Vaccination in Bombay 1863-1868 - 1863-1868
Year: 1863
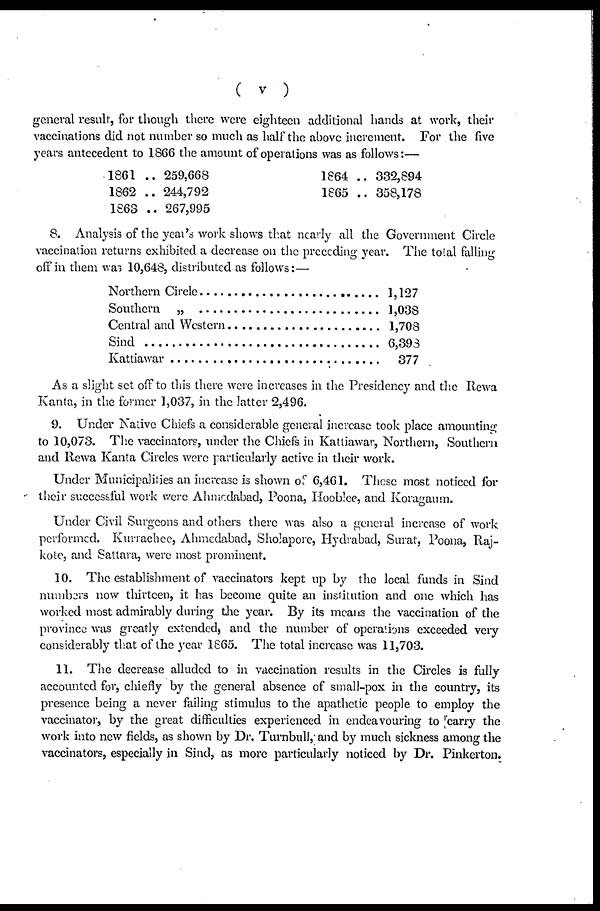
( v )
general result, for though there were eighteen additional hands at work, their
vaccinations did not number so much as half the above increment. For the five
years antecedent to 1866 the amount of operations was as follows:—
1861 ..
1862 ..
1863 ..
259,668
244,792
267,995
1864 ..
1865 ..
332,894
358,178
8. Analysis of the year's work shows that nearly all the Government Circle
vaccination returns exhibited a decrease on the preceding year. The total falling
off in them was 10,648, distributed as follows: —
Northern Circle .................................
Southern „ .......................................
Central and Western ..........................
Sind ...........................................
Kattiawar ..........................................
1,127
1,038
1,708
6,398
377
As a slight set off to this there were increases in the Presidency and the Rewa
Kanta, in the former 1,037, in the latter 2,496.
9. Under Native Chiefs a considerable general increase took place amounting
to 10,073. The vaccinators, under the Chiefs in Kattiawar, Northern, Southern
and Rewa Kanta Circles were particularly active in their work.
Under Municipalities an increase is shown of 6,461. These most noticed for
their successful work were Ahmedabad, Poona, Hooblee, and Koragaum.
Under Civil Surgeons and others there was also a general increase of work
performed. Kurrachee, Ahmedabad, Sholapore, Hydrabad, Surat, Poona, Raj-
kote, and Sattara, were most prominent.
10. The establishment of vaccinators kept up by the local funds in Sind
numbers now thirteen, it has become quite an institution and one which has
worked most admirably during the year. By its means the vaccination of the
province was greatly extended, and the number of operations exceeded very
considerably that of the year 1865. The total increase was 11,703.
11. The decrease alluded to in vaccination results in the Circles is fully
accounted for, chiefly by the general absence of small-pox in the country, its
presence being a never failing stimulus to the apathetic people to employ the
vaccinator, by the great difficulties experienced in endeavouring to carry the
work into new fields, as shown by Dr. Turnbull, and by much sickness among the
vaccinators, especially in Sind, as more particularly noticed by Dr. Pinkerton.